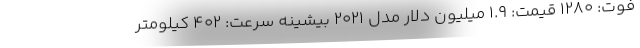
فوت: 1280 قیمت: 1.9 میلیون دلار مدل 2021 بیشینه سرعت: 402 کیلومتر